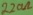
Text: 220Ω